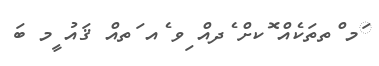
ަމ ްތތަކެއް ޮކށް ެދއް ިވ ެއ ަތއް ޤައު ީމ ބަ